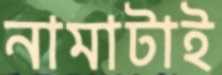
নামাটাই